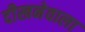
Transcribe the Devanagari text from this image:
दीखनेवाला